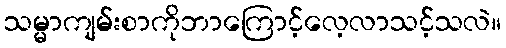
သမ္မာကျမ်းစာကိုဘာကြောင့်လေ့လာသင့်သလဲ။